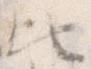
ひ